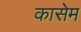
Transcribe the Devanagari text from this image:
कासेम